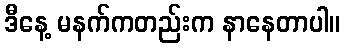
ဒီနေ့ မနက်ကတည်းက နာနေတာပါ။